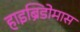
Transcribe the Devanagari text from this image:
हाइब्रिडोमास